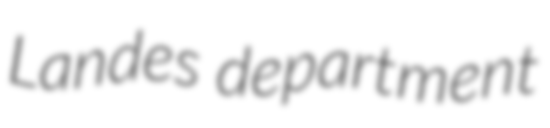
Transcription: Landes department